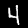
Label: 4